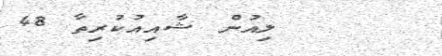
ލިއުން ޝާއިއުކުރިތާ 48